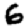
Digit: 6